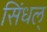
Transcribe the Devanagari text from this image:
सिंधल्